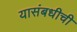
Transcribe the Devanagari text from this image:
यासंबधीची